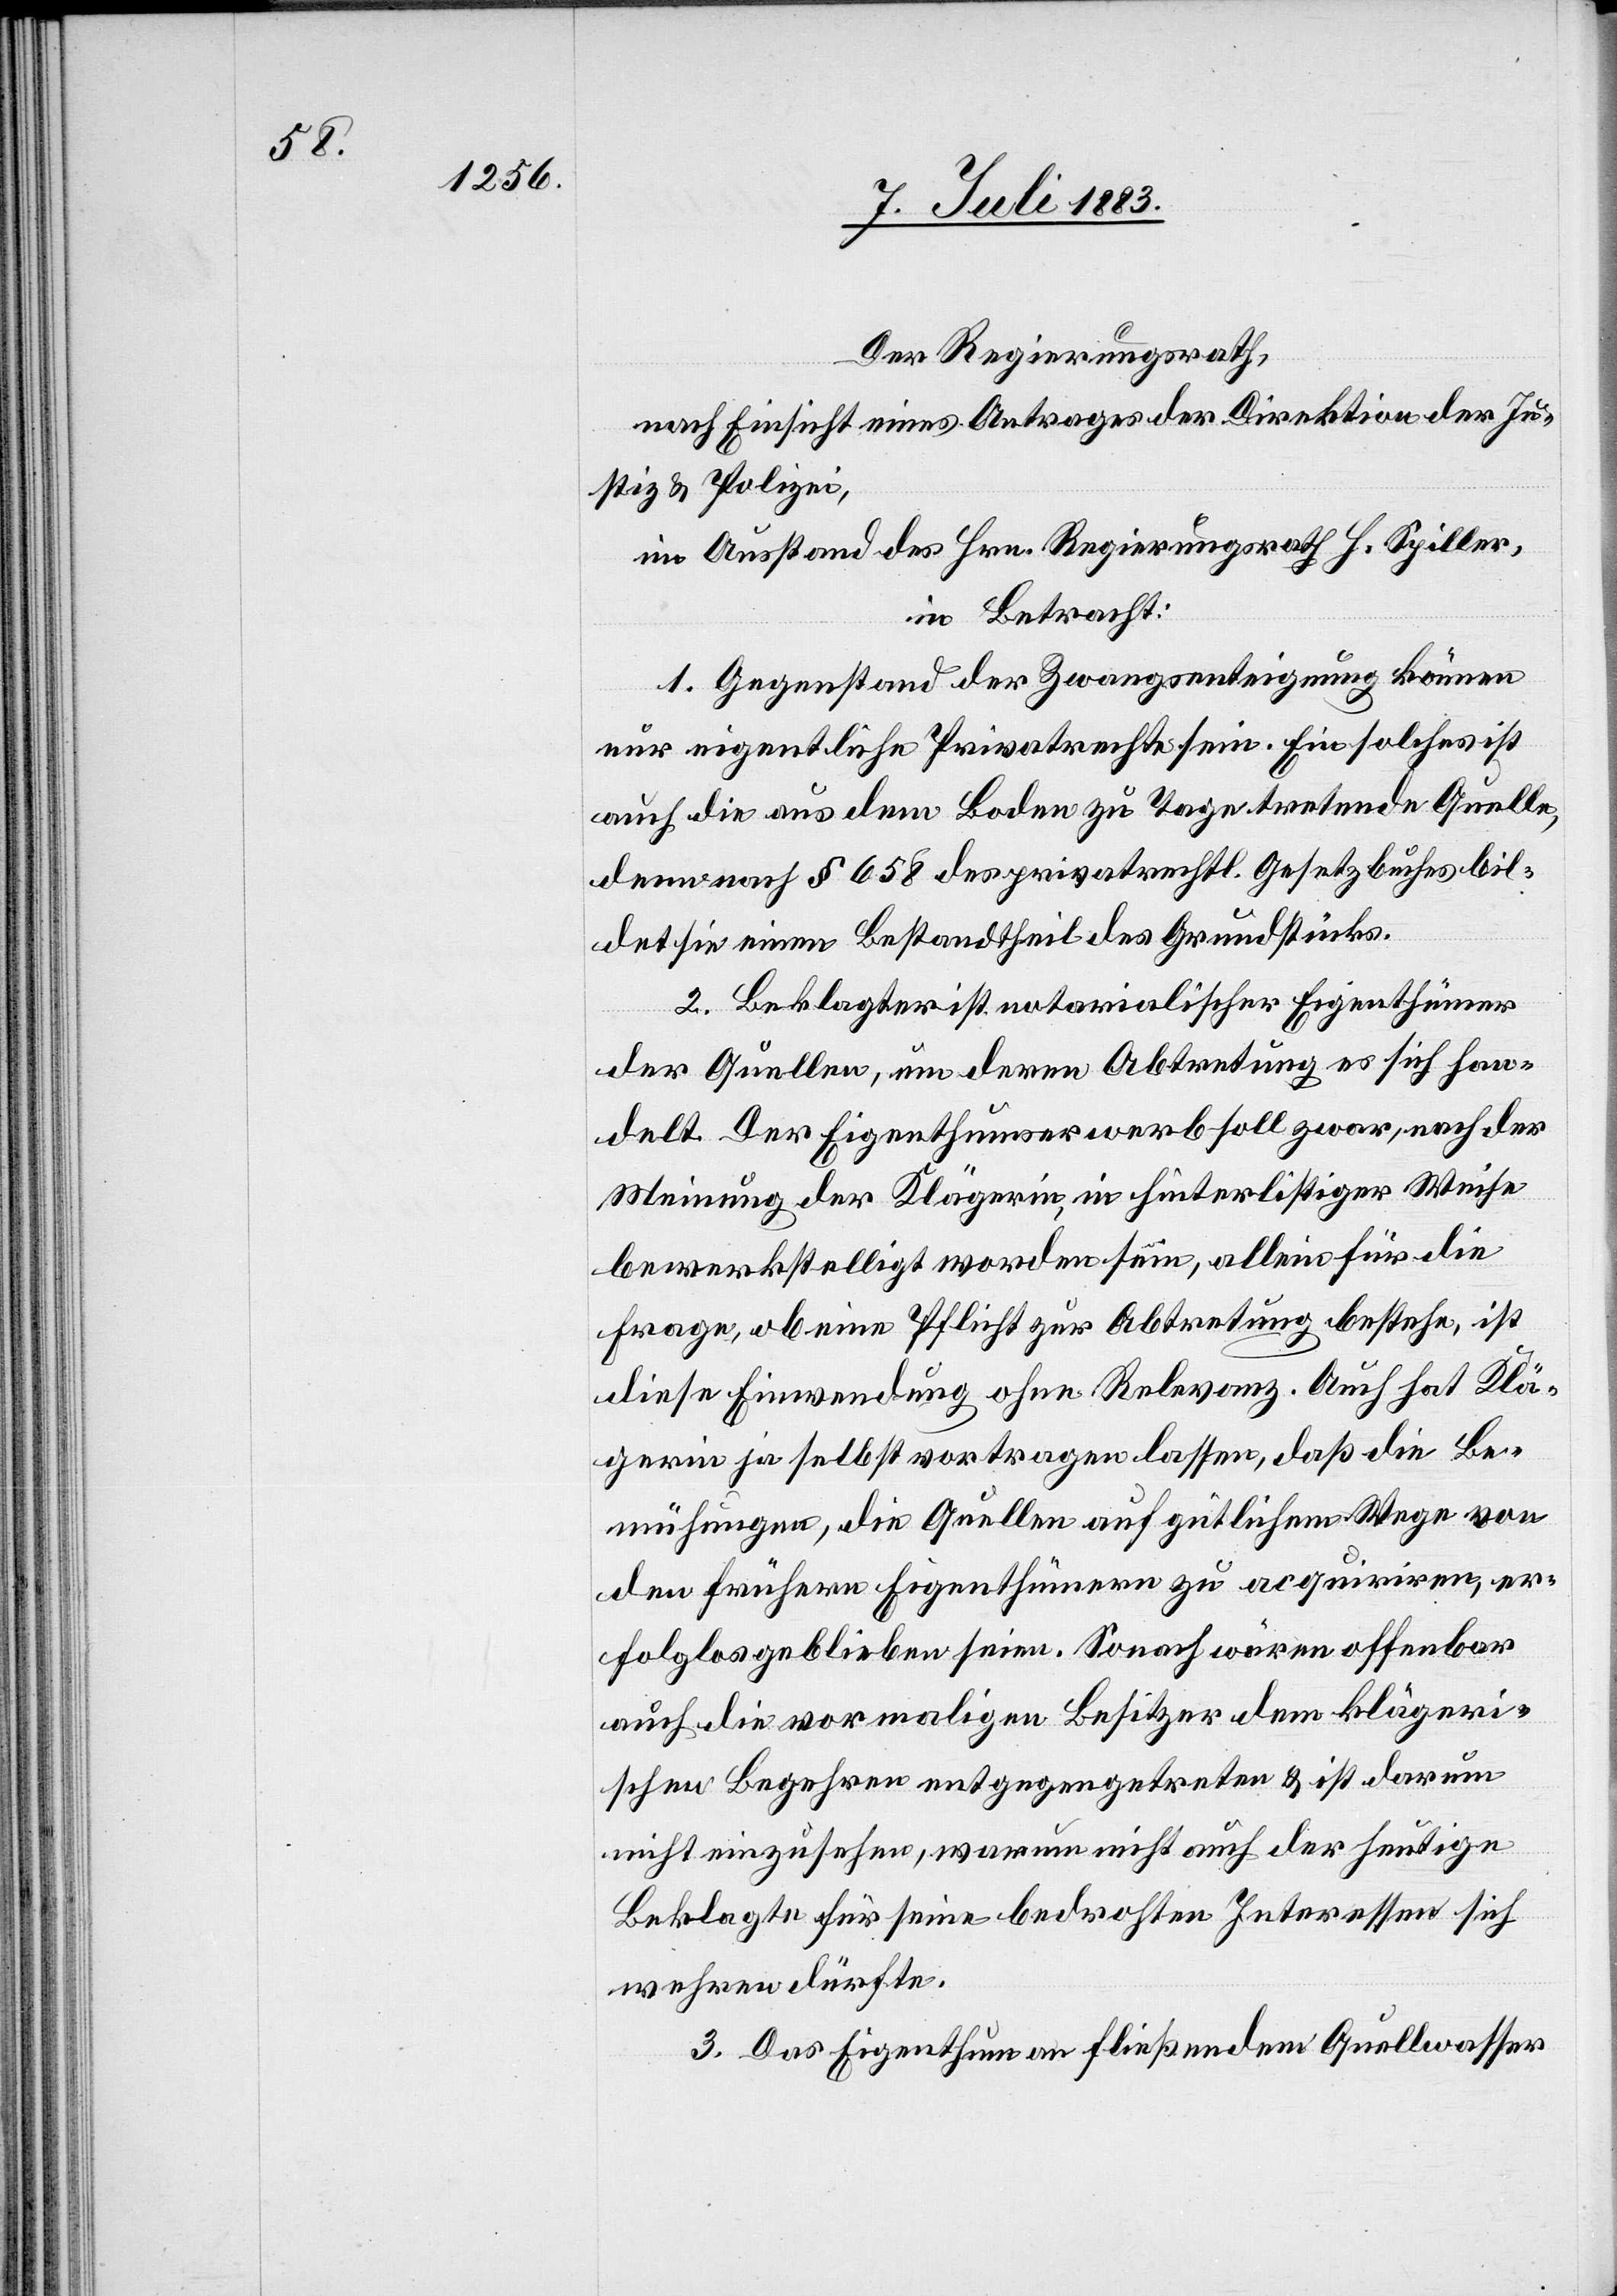
Der Regierungsrath,
nach Einsicht eines Antrages der Direktion der Ju¬
stiz & Polizei,
im Ausstand des Hrn. Regierungsrath H. Spiller,
in Betracht:
1. Gegenstand der Zwangsenteignung können
nur eigentliche Privatrechte sein. Ein solches ist
auch die aus dem Boden zu Tage tretende Quelle,
denn nach § 658 des privatrechtl. Gesetzbuches bil¬
det sie einen Bestandtheil des Grundstücks.
2. Beklagter ist notarialischer Eigenthümer
der Quellen, um deren Abtretung es sich han¬
delt. Der Eigentumserwerb soll zwar, nach der
Meinung der Klägerin, in hinterlistiger Weise
bewerkstelligt worden sein, allein für die
Frage, ob eine Pflicht zur Abtretung bestehe, ist
diese Einwendung ohne Relevanz. Auch hat Klä¬
gerin ja selbst vortragen lassen, daß die Be¬
mühungen, die Quellen auf gütlichem Wege von
den frühern Eigenthümern zu acquiriren, er¬
folglos geblieben seien. Sonach wären offenbar
auch die vormaligen Besitzer dem klägeri¬
schen Begehren entgegengetreten & ist darum
nicht einzusehen, warum nicht auch der heutige
Beklagte für seine bedrohten Interessen sich
wehren dürfe.
3. Das Eigenthum an fließendem Quellwasser